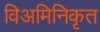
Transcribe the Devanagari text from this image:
विअमिनिकृत